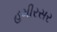
હમીરસર